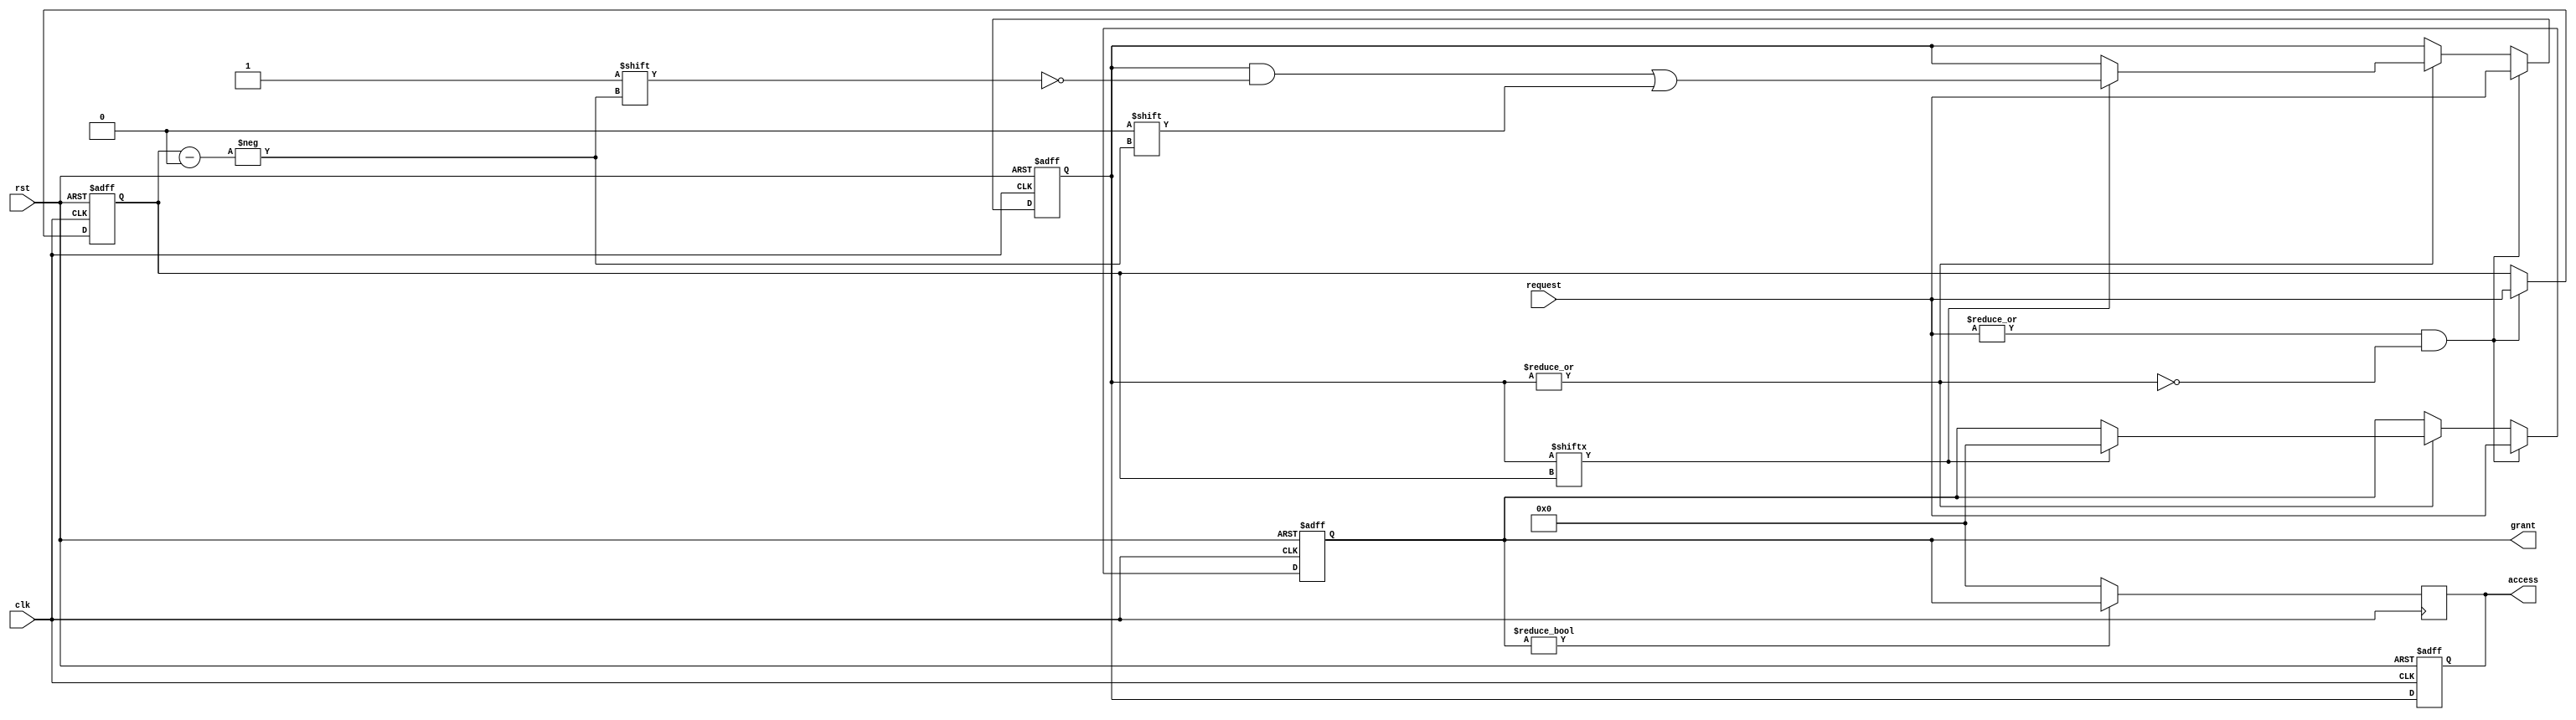
module memory_handshake #(
    parameter NUM_PROCESSES = 4 // Number of processes requesting access
)(
    input wire clk,
    input wire rst,
    input wire [NUM_PROCESSES-1:0] request, // Request signals from processes
    output reg [NUM_PROCESSES-1:0] grant,     // Grant signals to processes
    output reg [NUM_PROCESSES-1:0] access     // Access signals from processes
);

    reg [NUM_PROCESSES-1:0] state; // State of each process (0: idle, 1: accessing)
    reg [NUM_PROCESSES-1:0] next_grant; // Next grant signal
    reg [NUM_PROCESSES-1:0] current_process; // Current process accessing memory

    // State Management
    always @(posedge clk or posedge rst) begin
        if (rst) begin
            state <= 0;
            grant <= 0;
            access <= 0;
            current_process <= 0;
        end else begin
            // Update access signals based on current state
            access <= state;

            // Grant logic
            if (|request && !|state) begin // If there are requests and no one is accessing
                // Grant access to the first requesting process
                next_grant = request;
                grant = next_grant;
                current_process = next_grant;
                state = next_grant; // Set state to the granted process
            end else if (|state) begin
                // If a process is currently accessing, check if it has released
                if (state[current_process]) begin
                    // Process has finished accessing
                    state[current_process] = 0; // Mark as idle
                    grant = 0; // Deassert grant
                end
            end
        end
    end

    // Access signal management
    always @(posedge clk) begin
        if (grant) begin
            // Assert access for the granted process
            access = grant;
        end else begin
            // Deassert access if no grant
            access = 0;
        end
    end

endmodule